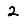
Digit: 2